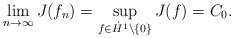
\begin{align*} \lim_{n\to\infty}J(f_n)=\sup_{f\in \dot{H}^1\setminus\{0\}}J(f)=C_0. \end{align*}